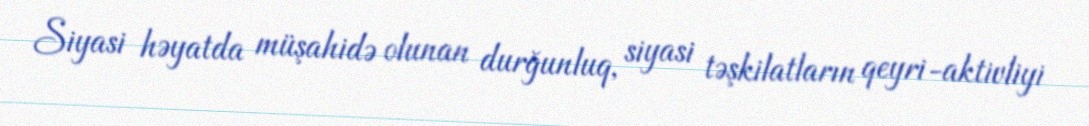
Siyasi həyatda müşahidə olunan durğunluq, siyasi təşkilatların qeyri-aktivliyi